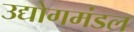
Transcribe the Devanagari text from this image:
उद्योगमंडल